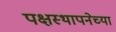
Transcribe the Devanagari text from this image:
पक्षस्थापनेच्या